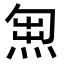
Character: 𭵇